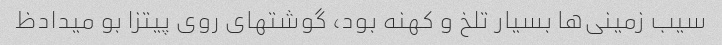
سیب زمینی‌ها بسیار تلخ و کهنه بود، گوشتهای روی پیتزا بو میدادظ